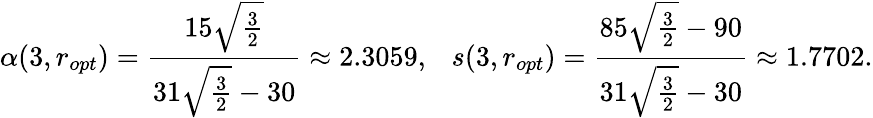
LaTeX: \alpha(3,r_{opt})=\frac{15\sqrt{\frac{3}{2}}}{31\sqrt{\frac{3}{2}}-30}\approx 2.3059,\ \ \ s(3,r_{opt})=\frac{85\sqrt{\frac{3}{2}}-90}{31\sqrt{\frac{3}{2}}-30}\approx 1.7702.